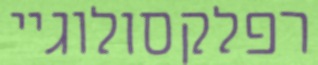
רפלקסולוגיי